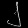
Digit: ၂